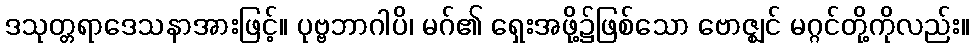
ဒသုတ္တရာဒေသနာအားဖြင့်။ ပုဗ္ဗဘာဂါပိ၊ မဂ်၏ ရှေးအဖို့၌ဖြစ်သော ဗောဇ္ဈင် မဂ္ဂင်တို့ကိုလည်း။